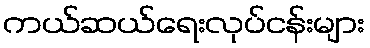
ကယ်ဆယ်ရေးလုပ်ငန်းများ